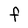
Character: F